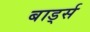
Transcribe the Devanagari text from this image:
बार्ड्स